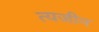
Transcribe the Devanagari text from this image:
त्यजीन